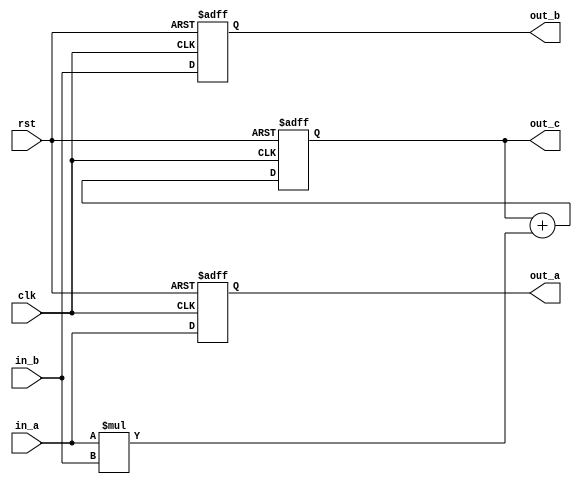
`timescale 1ns / 100ps
module MAC
#(
    parameter data_size = 32
)
(
    input                    rst    ,
    input                    clk    ,
    input   [data_size-1:0]  in_a   ,
    input   [data_size-1:0]  in_b   ,
    output  [data_size-1:0]  out_c  ,
    output  [data_size-1:0]  out_a  ,
    output  [data_size-1:0]  out_b
);

reg [data_size-1:0]     out_a_r;
reg [data_size-1:0]     out_b_r;
reg [2*data_size-1:0]   out_c_r;

always @ (posedge clk or posedge rst)
begin
  if(rst) begin
    out_a_r <= 0;
    out_b_r <= 0;
    out_c_r <= 0;
  end
  else begin
    out_a_r <= in_a;
    out_b_r <= in_b;
    out_c_r <= out_c + in_a * in_b;
  end
end

assign out_a = out_a_r;
assign out_b = out_b_r;
assign out_c = out_c_r[31:0];
 
endmodule